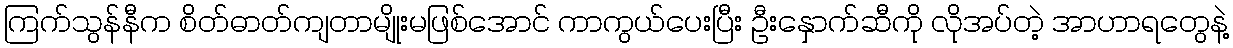
ကြက်သွန်နီက စိတ်ဓာတ်ကျတာမျိုးမဖြစ်အောင် ကာကွယ်ပေးပြီး ဦးနှောက်ဆီကို လိုအပ်တဲ့ အာဟာရတွေနဲ့